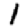
Digit: 1